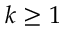
k \ge 1